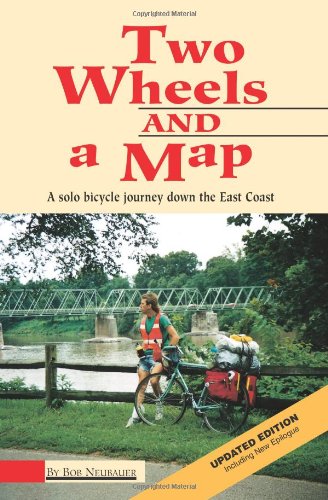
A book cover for Two Wheels And A Map: A Solo Bicycle Journey Down The East Coast; Bob Neubauer; Travel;